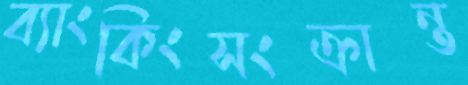
ব্যাংকিংসংক্রান্ত